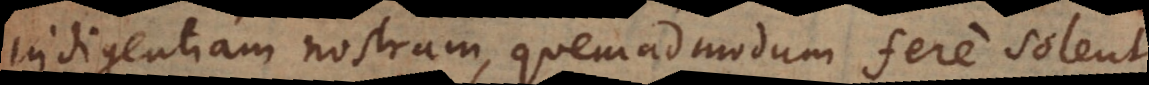
indigentiam nostram, quemadmodum fere solent